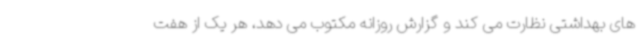
های بهداشتی نظارت می کند و گزارش روزانه مکتوب می دهد، هر یک از هفت